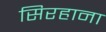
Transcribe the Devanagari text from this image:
सिरहाना